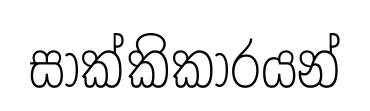
සාක්කිකාරයන්